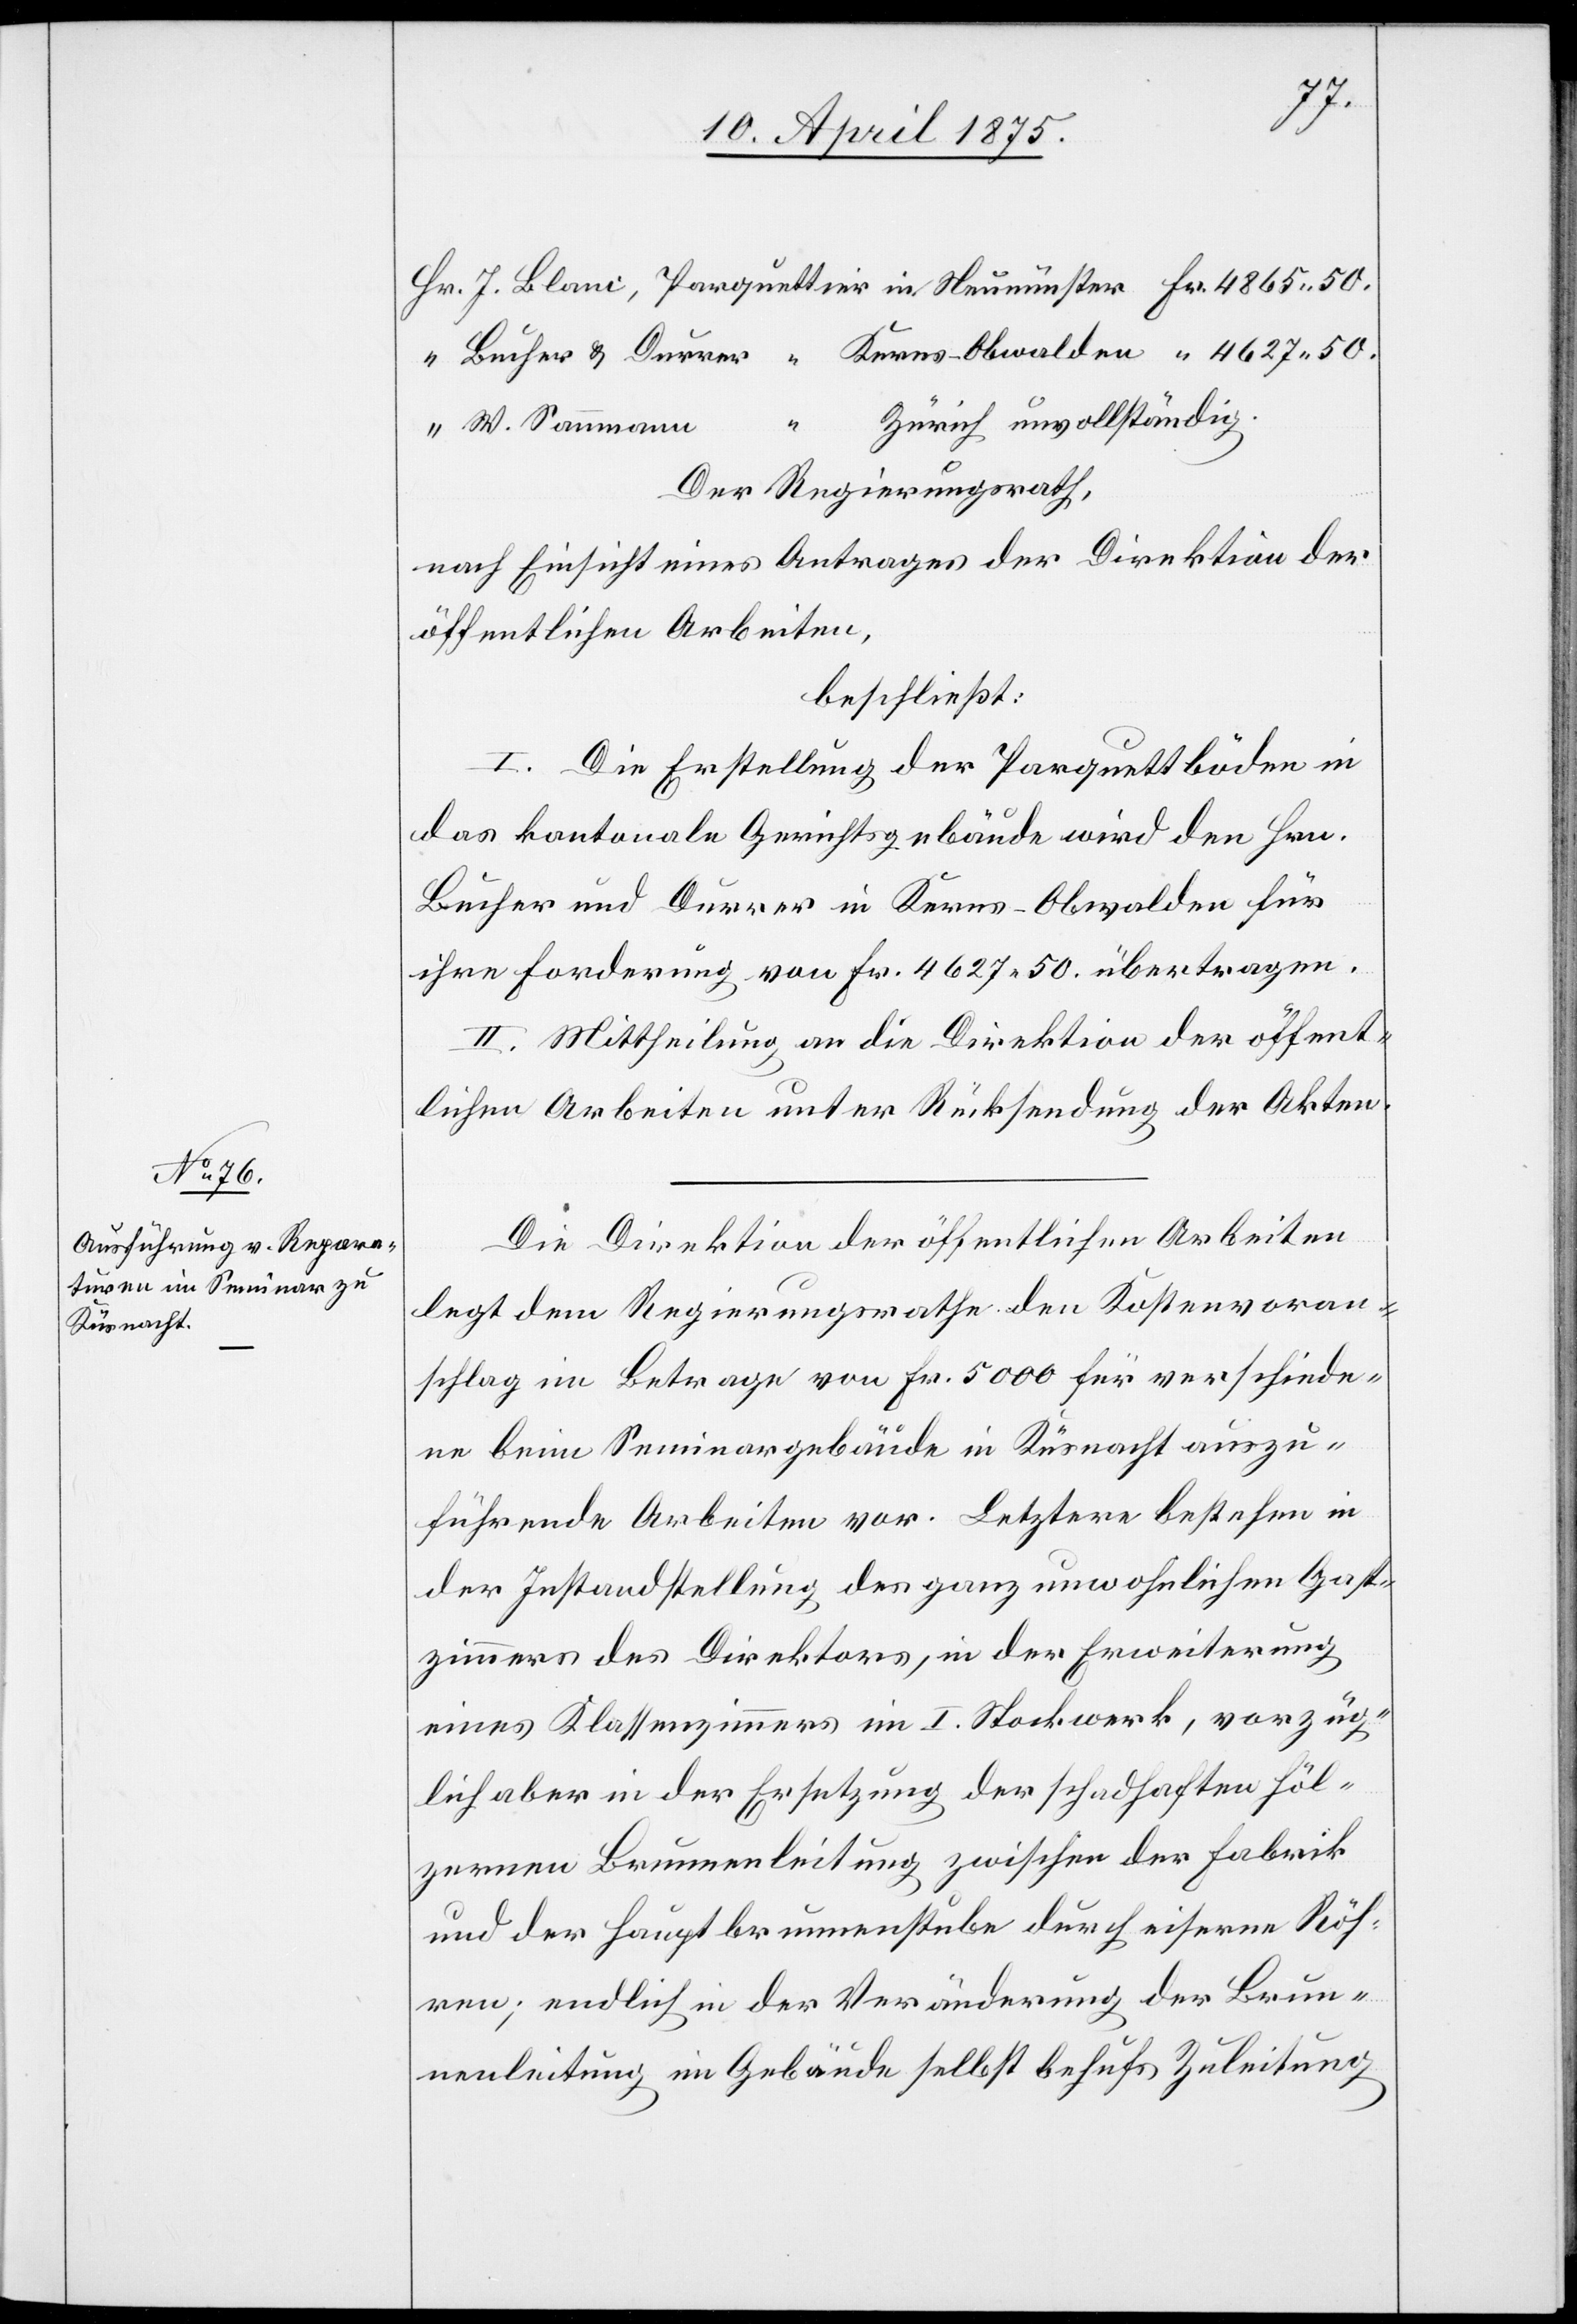
Zürich
“
W. Sannmann
Der Regierungsrath,
nach Einsicht eines Antrages der Direktion der
öffentlichen Arbeiten,
beschließt:
I. Die Erstellung der Parquettböden in
das kantonale Gerichtsgebäude wird en Hrn.
Bucher und Durrer in Kerns - Obwalden für
ihre Forderung von Fr. 4627 50. übertragen.
II. Mittheilung an die Direktion der öffent¬
lichen Arbeiten unter Rücksendung der Akten.
Die Direktion der öffentlichen Arbeiten
legt dem Regierungsrathe den Kostenvoran¬
schlag im Betrage von Fr. 5000 für verschiede¬
ne beim Seminargebäude in Küsnacht auszu¬
führende Arbeiten vor. Letztere bestehen in
der Instandstellung des ganz unwohnlichen Gast¬
zimmers des Direktors, in der Erweiterung
eines Klassenzimmers im I. Stockwerk, vorzüg¬
lich aber in der Ersetzung der schadhaften höl¬
zernen Brunnenleitung zwischen der Fabrik
und der Hauptbrunnenstube durch eiserne Röh¬
ren, endlich in der Veränderung der Brun¬
nenleitung im Gebäude selbst behufs Zuleitung